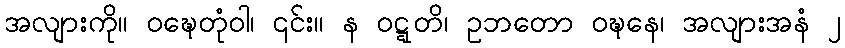
အလျားကို။ ဝဍ္ဎေတုံဝါ၊ ၎င်း။ န ဝဋ္ဋတိ၊ ဥဘတော ဝဍ္ဎနေ၊ အလျားအနံ ၂